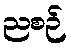
ညစဉ်